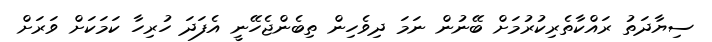
ސިޔާދަތު ރައްކާތެރިކުރުމަށް ބޭނުން ނަމަ ދިވެހިން ތިބެންޖެހޭނީ އެފަދަ ހުރިހާ ކަމަކަށް ވަރަށް